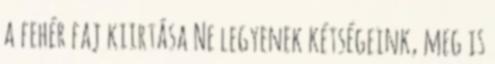
a fehér faj kiirtása Ne legyenek kétségeink, meg is